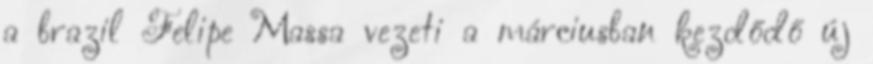
a brazil Felipe Massa vezeti a márciusban kezdődő új